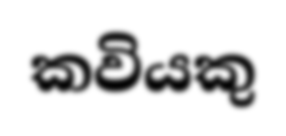
කවියකු